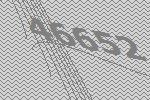
46652